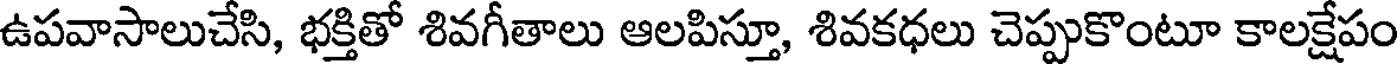
ఉపవాసాలుచేసి, భక్తితో శివగీతాలు ఆలపిస్తూ, శివకధలు చెప్పుకొంటూ కాలక్షేపం